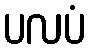
ပလပံ